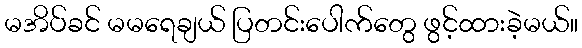
မအိပ်ခင် မမရေချယ် ပြတင်းပေါက်တွေ ဖွင့်ထားခဲ့မယ်။